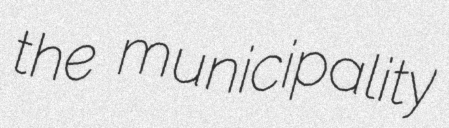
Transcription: the municipality